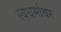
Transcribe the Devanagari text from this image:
स्वधर्मावर